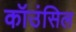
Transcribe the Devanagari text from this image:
कॉउंसिल